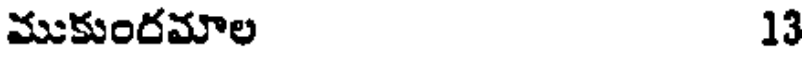
ముకుందమాల 13